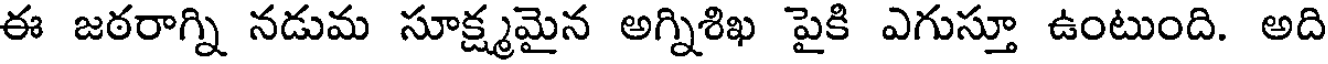
ఈ జఠరాగ్ని నడుమ సూక్ష్మమైన అగ్నిశిఖ పైకి ఎగుస్తూ ఉంటుంది. అది